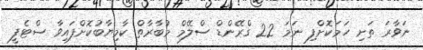
ނަވާރަ ތަށި ހަމަކޮށްފި ނަމަ 22 ގްރޭންޑް ސްލޭމް މުބާރާތް ކާމިޔާބުކޮށްފައިވާ ސްޓެފީ